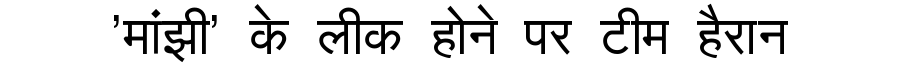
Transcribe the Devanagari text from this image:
'मांझी' के लीक होने पर टीम हैरान